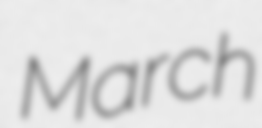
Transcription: March